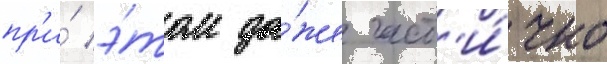
пр'и́ э́том да́же част'и́чно